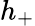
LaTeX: h_{+}